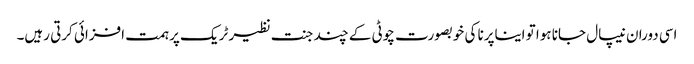
اسی دوران نیپال جانا ہوا تو ایناپرنا کی خوبصورت چوٹی کے چند جنت نظیر ٹریک پر ہمت افزائی کرتی رہیں۔